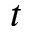
t